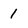
Character: 1